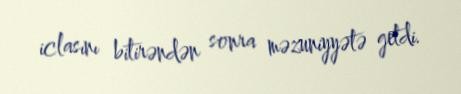
iclasını bitirəndən sonra məzuniyyətə getdi.